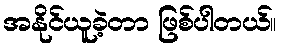
အနိုင်ယူခဲ့တာ ဖြစ်ပါတယ်။